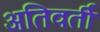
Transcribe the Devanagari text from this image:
अतिवर्ती